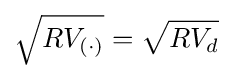
{\sqrt {RV_{(\cdot )}}}={\sqrt {RV_{d}}}